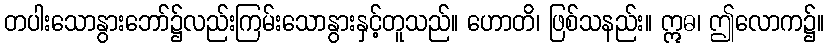
တပါးသောနွားဘော်၌လည်းကြမ်းသောနွားနှင့်တူသည်။ ဟောတိ၊ ဖြစ်သနည်း။ ဣဓ၊ ဤလောက၌။